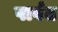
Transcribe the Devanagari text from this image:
पार्वत